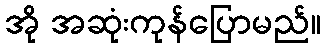
အို အဆုံးကုန်ပြောမည်။